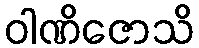
ဝါဏိဇောသိ